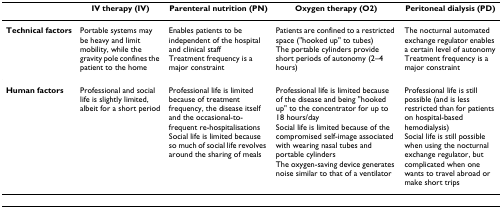
|  | IV therapy (IV) | Parenteral nutrition (PN) | Oxygen therapy (O2) | Peritoneal dialysis (PD) |
 | --- | --- | --- | --- | --- |
 | Technical factors | Portable systems may be heavy and limit mobility, while the gravity pole confines the patient to the home | Enables patients to be independent of the hospital and clinical staffTreatment frequency is a major constraint | Patients are confined to a restricted space ("hooked up" to tubes)The portable cylinders provide short periods of autonomy (2–4 hours) | The nocturnal automated exchange regulator enables a certain level of autonomyTreatment frequency is a major constraint |
 | Human factors | Professional and social life is slightly limited, albeit for a short period | Professional life is limited because of treatment frequency, the disease itself and the occasional-to-frequent re-hospitalisationsSocial life is limited because so much of social life revolves around the sharing of meals | Professional life is limited because of the disease and being "hooked up" to the concentrator for up to 18 hours/daySocial life is limited because of the compromised self-image associated with wearing nasal tubes and portable cylindersThe oxygen-saving device generates noise similar to that of a ventilator | Professional life is still possible (and is less restricted than for patients on hospital-based hemodialysis)Social life is still possible when using the nocturnal exchange regulator, but complicated when one wants to travel abroad or make short trips |